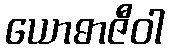
ယောဓာဇီဝါ